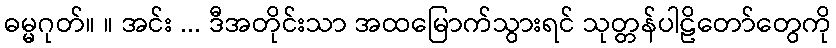
ဓမ္မဂုတ်။ ။ အင်း ... ဒီအတိုင်းသာ အထမြောက်သွားရင် သုတ္တန်ပါဠိတော်တွေကို